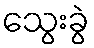
သွေးခွဲ